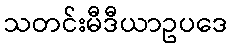
သတင်းမီဒီယာဥပဒေ